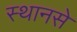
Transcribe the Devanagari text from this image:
स्थानसे